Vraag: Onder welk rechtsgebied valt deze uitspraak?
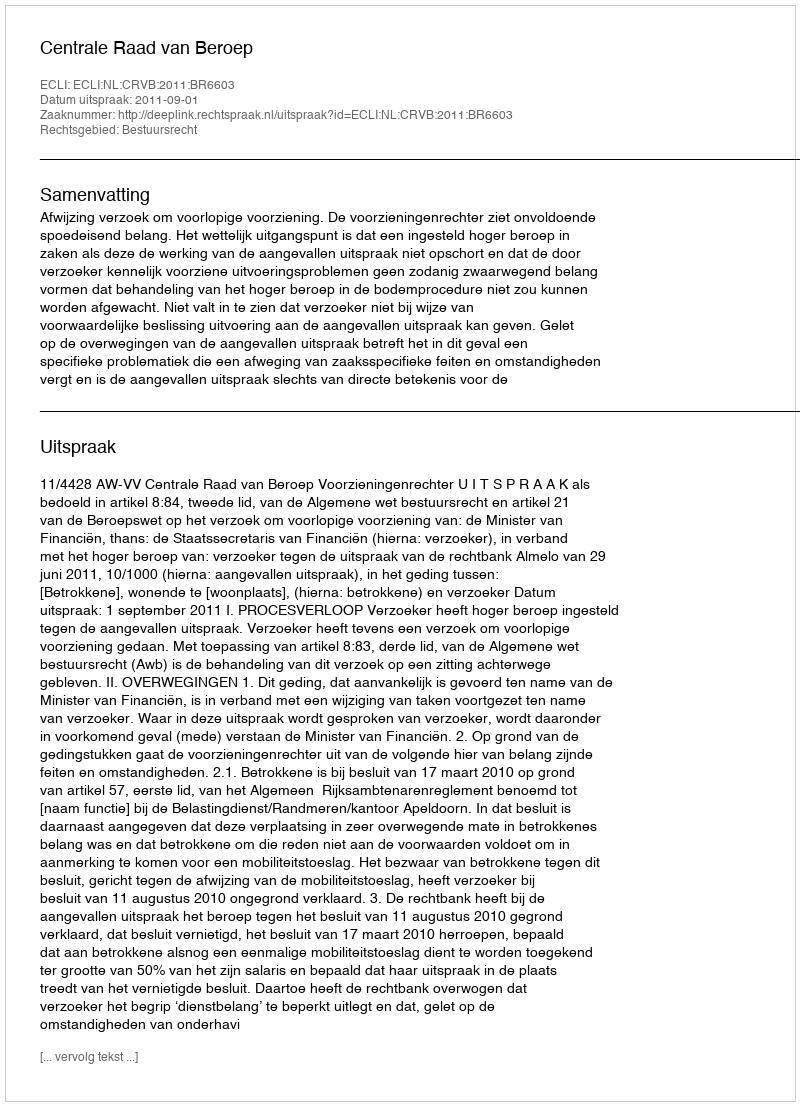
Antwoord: Bestuursrecht